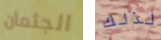
الجثمان لذلك